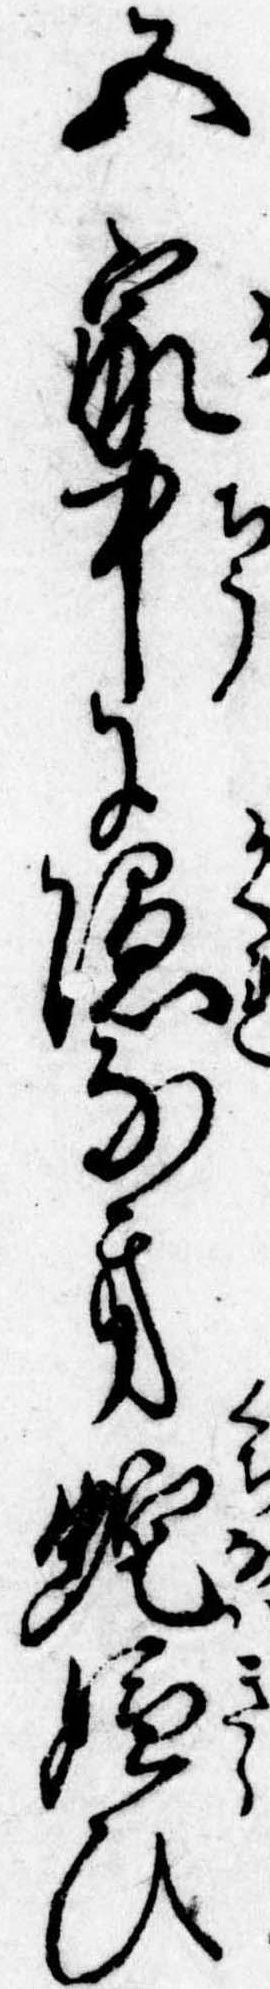
五家中に隠なき蛇嫌ひ